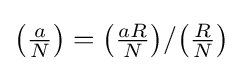
{\big (}{\tfrac {a}{N}}{\big )}={\big (}{\tfrac {aR}{N}}{\big )}/{\big (}{\tfrac {R}{N}}{\big )}